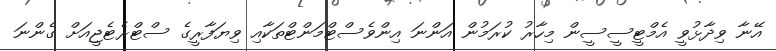
އޭނާ ވިދާޅުވީ އެމްޓީސީސީން މިހާރު ކުރަމުން އަންނަ އިންވެސްޓްމަންޓްތަކާއި ވިޔަފާރީގެ ސްޓްރެޓެޖީއަށް ގެންނަ